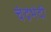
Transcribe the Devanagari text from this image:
चंद्रभेदी